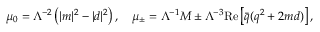
\mu _ { 0 } = \Lambda ^ { - 2 } \left( | m | ^ { 2 } - | d | ^ { 2 } \right) , \quad \mu _ { \pm } = \Lambda ^ { - 1 } M \pm \Lambda ^ { - 3 } \mathrm { R e } \left[ { \bar { q } } ( q ^ { 2 } + 2 m d ) \right] ,